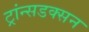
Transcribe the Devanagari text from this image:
ट्रांन्सडक्सन